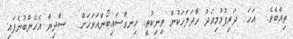
ތިއްބެވެ.  އަހަ.. ދަރިފުޅުމިއަދު ހާދަލަހަކުން ތިނިކުތީ. ހިނގާސައިބޯންއަވަހަށް..  ސާދިޔާ އެހެންބުނެފައި